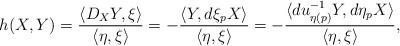
LaTeX: \begin{align*} h(X,Y) = \frac{\langle D_XY,\xi\rangle}{\langle \eta,\xi\rangle} = -\frac{\langle Y,d\xi_pX\rangle}{\langle\eta,\xi\rangle} = -\frac{\langle du^{-1}_{\eta(p)}Y,d\eta_pX\rangle}{\langle\eta,\xi\rangle},\end{align*}